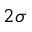
2 \sigma